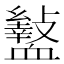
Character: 𮕡